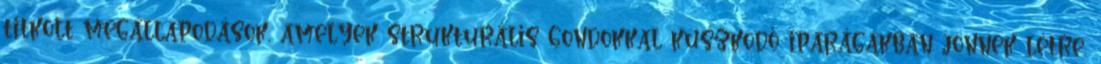
titkolt megállapodások, amelyek strukturális gondokkal küszködő iparágakban jönnek létre,